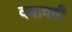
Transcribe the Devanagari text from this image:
दबावही